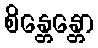
စိန္တေန္တော